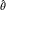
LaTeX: \scriptstyle { \hat { \theta } }